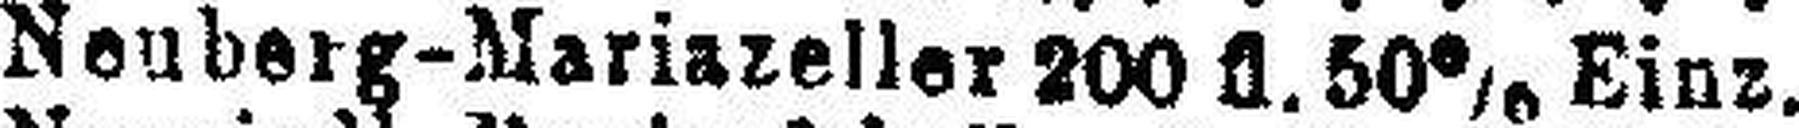
Neuberg-Mariazeller 200 fl. 50% Einz.